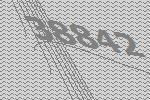
38842